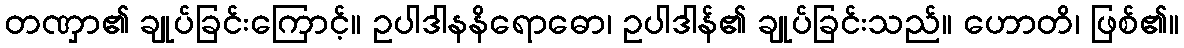
တဏှာ၏ ချုပ်ခြင်းကြောင့်။ ဥပါဒါနနိရောဓော၊ ဥပါဒါန်၏ ချုပ်ခြင်းသည်။ ဟောတိ၊ ဖြစ်၏။